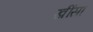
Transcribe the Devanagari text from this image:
खींसा